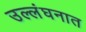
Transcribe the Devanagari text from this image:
उल्लंघनात